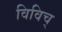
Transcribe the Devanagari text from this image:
विविच्